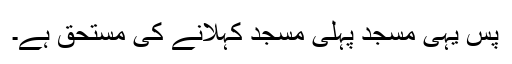
پس یہی مسجد پہلی مسجد کہلانے کی مستحق ہے۔